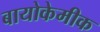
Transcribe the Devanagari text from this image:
बायोकेमीक